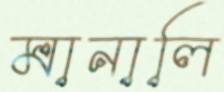
মানালি